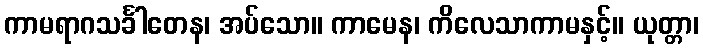
ကာမရာဂသင်္ခါတေန၊ အပ်သော။ ကာမေန၊ ကိလေသာကာမနှင့်။ ယုတ္တာ၊